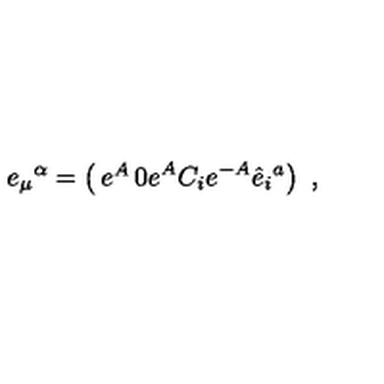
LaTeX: e _ { \mu } { } ^ { \alpha } = \left( \begin{matrix} { e ^ { A } } & { 0 } \\ { e ^ { A } C _ { i } } & { e ^ { - A } \hat { e } _ { i } { } ^ { a } } \\ \end{matrix} \right) \ ,